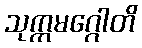
သုက္ကမဂ္ဂေါတိ